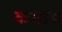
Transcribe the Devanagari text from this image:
कमा०